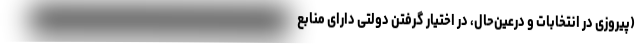
(پیروزی در انتخابات و درعین‌حال، در اختیار گرفتن دولتی دارای منابع